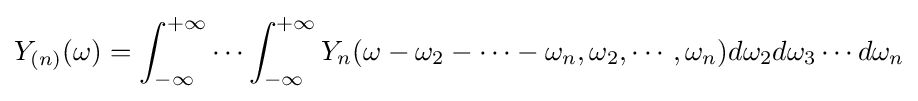
Y_{(n)}(\omega )=\int _{-\infty }^{+\infty }\cdots \int _{-\infty }^{+\infty }Y_{n}(\omega -\omega _{2}-\cdots -\omega _{n},\omega _{2},\cdots ,\omega _{n})d\omega _{2}d\omega _{3}\cdots d\omega _{n}